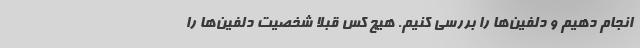
انجام دهیم و دلفین‌ها را بررسی کنیم. هیچ کس قبلاً شخصیت دلفین‌ها را